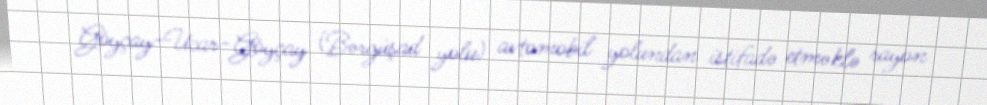
Göyçay-Ucar-Göyçay (Bərgüşad yolu) avtomobil yolundan istifadə etməklə rayon